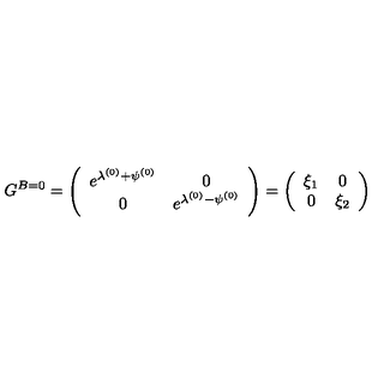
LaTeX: G ^ { B = 0 } = \left( \begin{array} { c c } { e ^ { \lambda ^ { ( 0 ) } + \psi ^ { ( 0 ) } } } & { 0 } \\ { 0 } & { e ^ { \lambda ^ { ( 0 ) } - \psi ^ { ( 0 ) } } } \\ \end{array} \right) = \left( \begin{array} { c c } { \xi _ { 1 } } & { 0 } \\ { 0 } & { \xi _ { 2 } } \\ \end{array} \right)